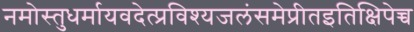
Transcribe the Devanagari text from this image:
नमोस्तुधर्मायवदेत्प्रविश्यजलंसमेप्रीतइतिक्षिपेच्च